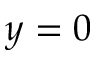
y = 0